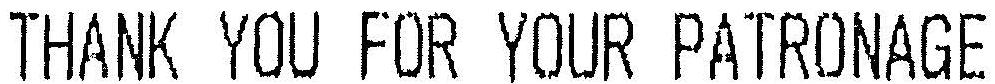
THANK YOU FOR YOUR PATRONAGE